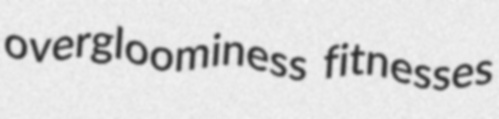
overgloominess fitnesses